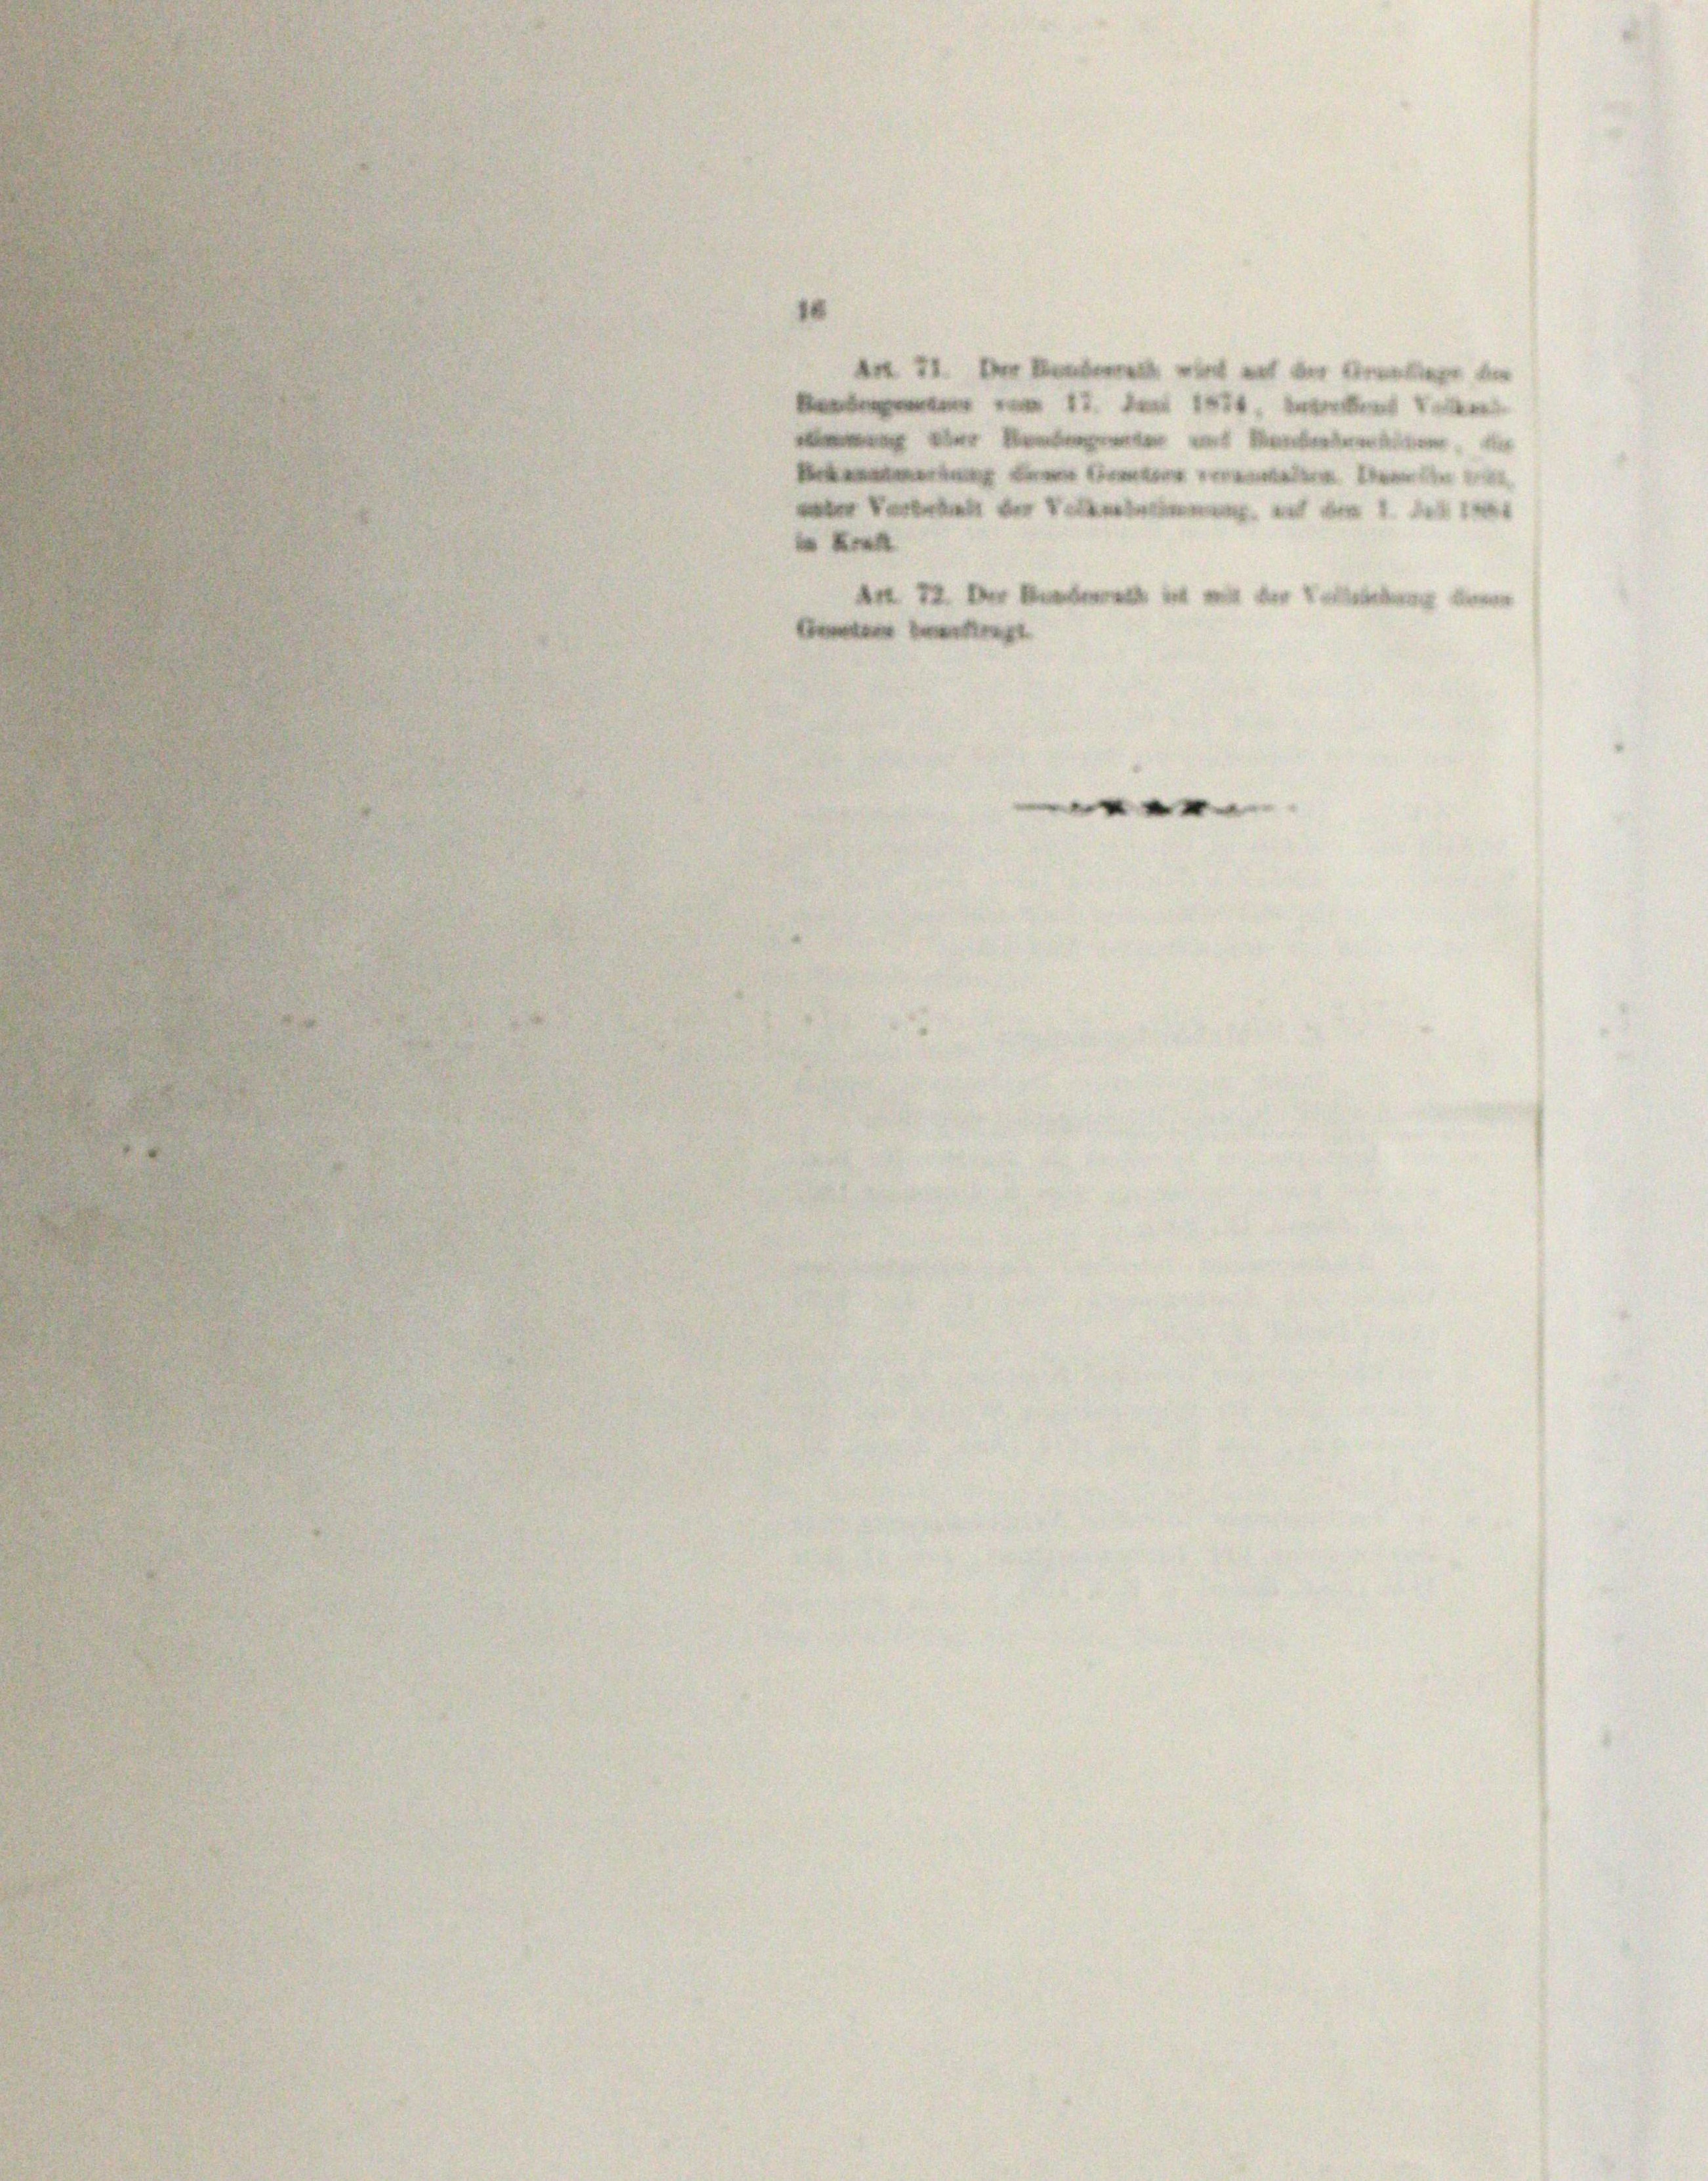
g
e

1
e
e
An 72 der

e